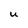
Character: u